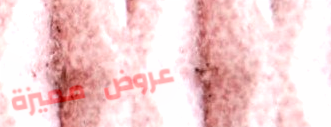
عروض مميزة